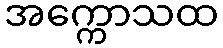
အက္ကောသထ